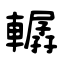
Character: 轏